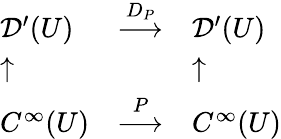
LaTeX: \begin{array}{lll}{{\mathcal{D}}^{\prime}(U)}&{{\stackrel{D_{P}}{\longrightarrow}}}&{{\mathcal{D}}^{\prime}(U)}\\ {\uparrow}&{}&{\uparrow}\\ {C^{\infty}(U)}&{{\stackrel{P}{\longrightarrow}}}&{C^{\infty}(U)}\end{array}